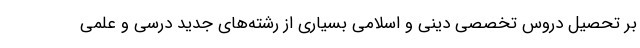
بر تحصیل دروس تخصصی دینی و اسلامی بسیاری از رشته‌های جدید درسی و علمی